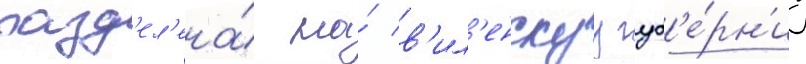
разд'ел'ена́ на́ в'ил'енскуу губ'е́рн'иу